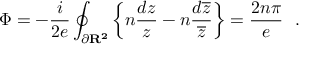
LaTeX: \Phi = - \frac { i } { 2 e } \oint _ { \partial \bf R ^ { 2 } \mit } \left\{ n \frac { d z } { z } - n \frac { d \overline { { { z } } } } { \overline { { { z } } } } \right\} = \frac { 2 n \pi } { e } ~ ~ .